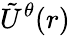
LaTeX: \tilde{U}^{\theta}(r)